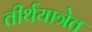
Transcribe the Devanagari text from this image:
तीर्थयात्रेत